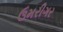
ઉમરીગર